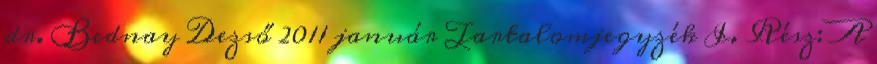
dr. Bednay Dezső 2011 január Tartalomjegyzék I. Rész: A